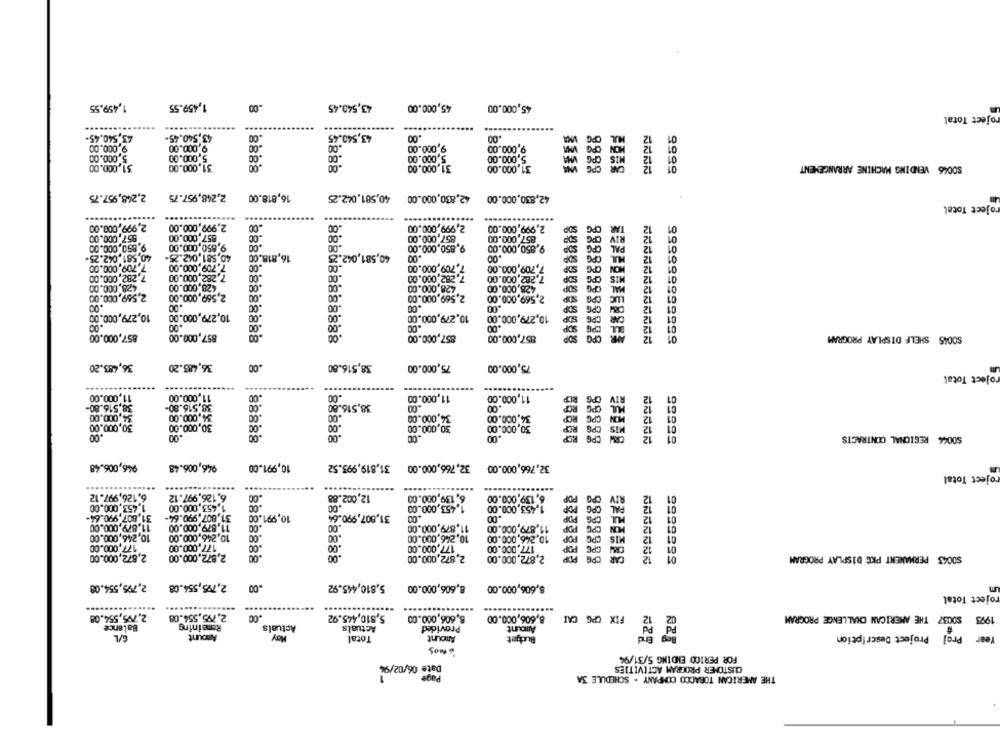
1,459.55
1,459.55
.00
43,540.45
45,000.00
45,000.00
oject Total
....
....
43,540.45-
43,540.45
43.540.45-
8888
.00
12
01
9.000.00
9,000.00
.00
9,000.00
9,000.00
MON
5,000.00
5.000.00
.00
5,000.00
OPG
12
31,000.00
31.000.00
31,000.00
S0046 VENDING MACHINE ARRANGEMENT
8888
8888
2,248,957.75
2,248,957.75
16,818.00
40,581,042.25
42,830,000.00 42,830,000.00
oject Total
...............
2,999,000.00
2,999,000.00
.00
2,999,000.00
2,999,000.00
.00
.00
PG
857,000.00
857,000.00
857,000.00
857,000.00
SOP
OPG
9,850,000.00
9,850,000.00
00
9.850,000.00
9,850,000.00
Sop
CPG
40,581,042.25-
16,818.00
40,581,042.25
.00
40,581,042.25-
.00
OPG
7,709,000.00
7.709,000.00
7.709,000.00
MON
7,282,000.00
7,282,000.00
.00
.00
7.282,000.00
SOP
MIS
428.000.00
428,000.00
.00
.00
428,000.00
MAL OPG SOP
428,000.00
88
LUC
2,569,000.00
2,569,000.00
.00
.00
2.569,000.00
2,569,000.00
SOP
CPG
.00
.00
.00
.00
CPG SOP
10,279,000.00
10,279,000.00
.00
10.279,000.00
10,279,000.00
CPG SOP
.00
.00
.00
SOP
.00
.00
CPS
857,000.00
857,000.00
.00
857,000.00
857,000.00
S0045 SHELF DISPLAY PROGRAM
36,483.20
36,483.20
38,516.80
75,000.00
75,000.00
roject Total
----------
.....
11,000.00
11,000.00
.00
.00
11,000.00
11,000.00
PG
12
38,516.80-
38,516.80-
.00
38,516.80
.00
PG
12
34,000.00
34,000.00
.00
34,000.00
34,000.00
RCP
CPG
VON
12
01
30,000.00
30,000.00
.00
30,000.00
30,000.00
MIS
12
.00
.00
.00
12
$0044 REGIONAL CONTRACTS
01
88888
946,006.48
946,006.48
10,991.00
31,819,993.52
32,766,000.00
32,766,000.00
roject Total
...
6,126,997.12
6,126,997.12
.00
12,002.88
6,139,000.00
6,139,000.00
RIV
12
1.453,000.00
1.453,000.00
.00
1.453,000.00
1.453,000.00
POP
31,807,990.64-
31,807,990.64-
10,991.00
31,807,990.64
CPS
11.879,000.00
11,879,000.00
.00
11,879,000.00
11.879,000.00
CPG POP
01
10,246,000.00
10,246,000.00
.00
.00
10.246,000.00
10.246,000.00
MIS CPG POP
01
177,000.00
177,000.00
.00
.00
177,000.00
CRM CPE
2.872,000.00
2.872.000.00
.00
POP
12
01
$0043 PERMANENT PKG DISPLAY PROGRAM
2,872,000.00
2,795,554.08
2,795,554.08
.00
5,810,445.92
8,606,000.00
8,606,000.00
roject Total
2.795,554.08
2,795,554.08
5,810,445.92
8,606,000.00
02 12
1993 $0037 THE AMERICAN CHALLENGE PROGRAM
8,606,000.00
FIX CPG CAI
Balance
Remaining
Actuals
Actuals
Provided
Amount
Pd Pd
G/L
Amount
Hay
Total
Amount
Bucket
End
Beg End
Tear Proj Project Description
- mos
FOR PERIOD ENDING 5/31/94
Date 06/02/94
CUSTOMER PROGRAM ACTIVITIES
THE AMERICAN TOBACCO COMPANY . SCHEDULE 3A